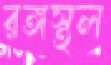
রঙ্গস্থল